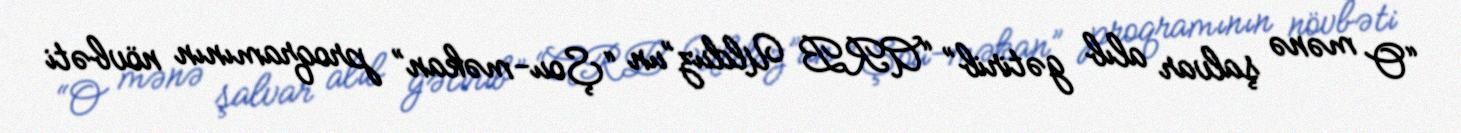
“O mənə şalvar alıb gətirib” “ARB Ulduz”un “Şou-məkan” proqramının növbəti